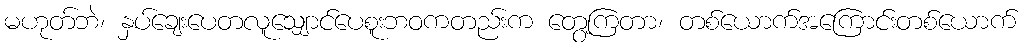
မဟုတ်ဘဲ၊ နှပ်ချေးပေတလူသျှောင်ပေစူးဘဝကတည်းက တွေ့ကြတာ၊ တစ်ယောက်အကြောင်းတစ်ယောက်